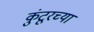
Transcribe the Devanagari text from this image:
कुंटूरच्या